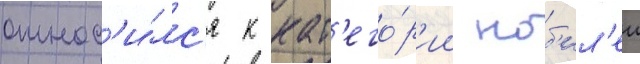
относ'и́лс'я к кат'его́р'ии ноб'ил'еи